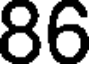
86